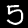
Digit: 5